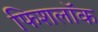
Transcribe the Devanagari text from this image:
फिशलॉक